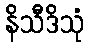
နိသီဒိသုံ